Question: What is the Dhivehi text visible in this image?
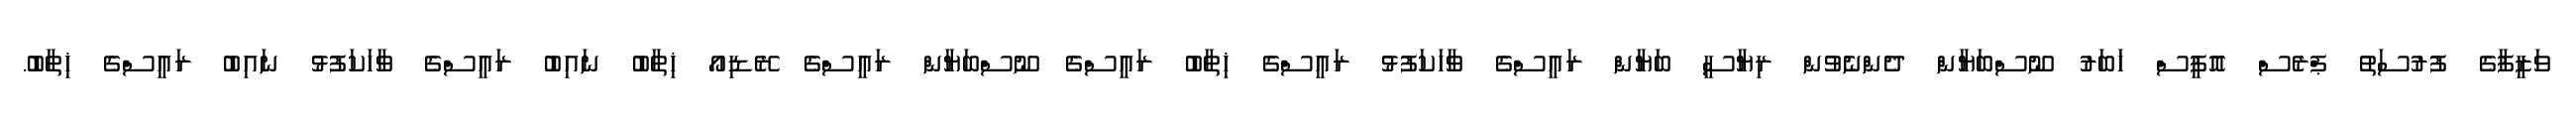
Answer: ވަޒީފާގެ ފުރުސަތު ޕްރެސް އޮފީސް ޚަބަރު ނޫސްބަޔާން ދެންނެވުން ރިޔާސީ ބަޔާން ރައީސްގެ ވާހަކަފުޅު ރައީސްގެ ޚިތާބު ރައީސްގެ ނޫސްބަޔާން ރައީސްގެ ރޭޑިއޯ ޚިތާބު ނައިބު ރައީސްގެ ވާހަކަފުޅު ނައިބު ރައީސްގެ ޚިތާބު.